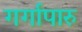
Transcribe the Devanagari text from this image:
गर्गापारु